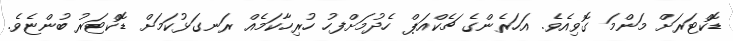
ޑޮކްޓަރަށް މަންމަ ގޮވިއެވެ. އަހަރެންގެ ޗެކްއަޕް ހެދުމަށްފހު ހުރިހާކަމެއް ރަނގަޅުކަމަށް ޑޮކްޓަރު ބުންޏެވެ.